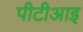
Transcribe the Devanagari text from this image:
पीटीआइ